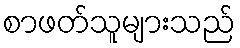
စာဖတ်သူများသည်